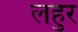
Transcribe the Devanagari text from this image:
लहुर